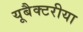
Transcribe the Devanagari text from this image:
यूबैक्टरीया